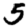
Digit: 5